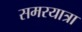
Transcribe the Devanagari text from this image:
समरयात्रा